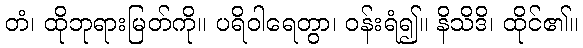
တံ၊ ထိုဘုရားမြတ်ကို။ ပရိဝါရေတွာ၊ ဝန်းရံ၍။ နိသိဒိ၊ ထိုင်၏။